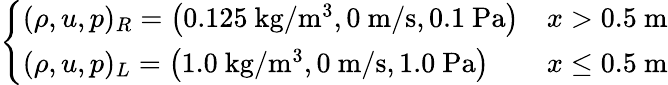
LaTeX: \left\{ \begin{array}{ll}{(\rho,u,p)_{R}=\left(0.125\mathrm{~kg}/\mathrm{m}^{3},0\mathrm{~m}/\mathrm{s},0.1\mathrm{~Pa}\right)}&{x>0.5\mathrm{~m}}\\ {(\rho,u,p)_{L}=\left(1.0\mathrm{~kg}/\mathrm{m}^{3},0\mathrm{~m}/\mathrm{s},1.0\mathrm{~Pa}\right)}&{x\leq 0.5\mathrm{~m}}\end{array}\right.